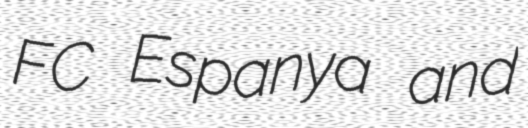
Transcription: FC Espanya and